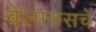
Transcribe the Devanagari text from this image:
बेलारुसचे